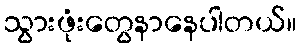
သွားဖုံးတွေနာနေပါတယ်။